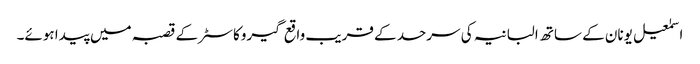
اسمٰعیل یونان کے ساتھ البانیہ کی سرحد کے قریب واقع گیروکاسٹر کے قصبہ میں پیدا ہوئے۔